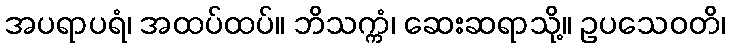
အပရာပရံ၊ အထပ်ထပ်။ ဘိသက္ကံ၊ ဆေးဆရာသို့။ ဥပသေဝတိ၊